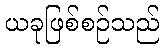
ယခုဖြစ်စဉ်သည်